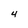
Character: 4